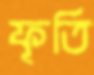
ফূর্তি